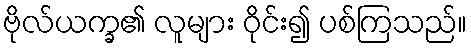
ဗိုလ်ယက္ခ၏ လူများ ဝိုင်း၍ ပစ်ကြသည်။